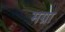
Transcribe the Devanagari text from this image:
मग्रा